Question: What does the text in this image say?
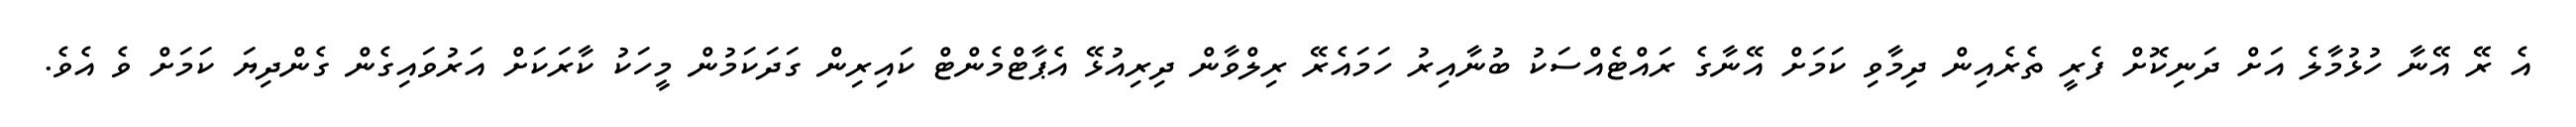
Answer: އެ ރޭ އޭނާ ހުޅުމާލެ އަށް ދަނިކޮށް ފެރީ ތެރެއިން ދިމާވި ކަމަށް އޭނާގެ ރައްޓެއްސަކު ބުނާއިރު ހަމައެރޭ ރިލްވާން ދިރިއުޅޭ އެޕާޓްމެންޓް ކައިރިން ގަދަކަމުން މީހަކު ކާރަކަށް އަރުވައިގެން ގެންދިޔަ ކަމަށް ވެ އެވެ.